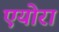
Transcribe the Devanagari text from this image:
एयोरा